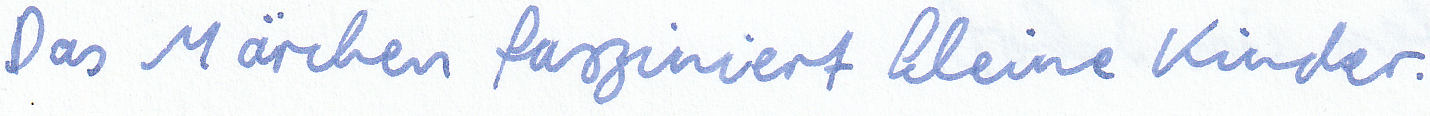
Das Märchen fasziniert kleine Kinder.